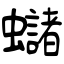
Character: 蠩